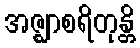
အဇ္ဈာစရိတုန္တိ